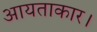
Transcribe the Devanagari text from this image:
आयताकार।